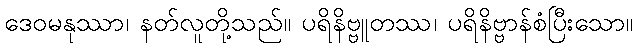
ဒေဝမနုဿာ၊ နတ်လူတို့သည်။ ပရိနိဗ္ဗူတဿ၊ ပရိနိဗ္ဗာန်စံပြီးသော။